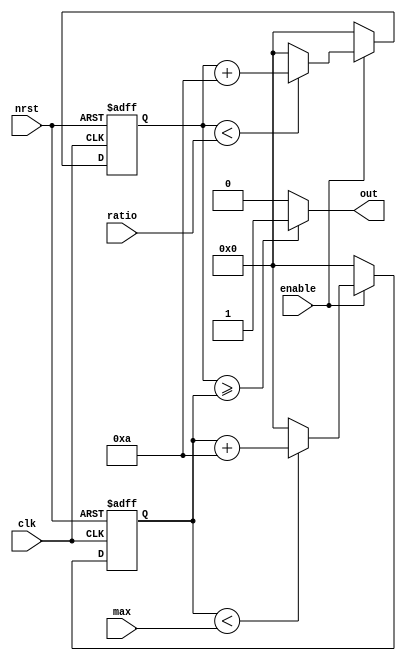
module t06_counter (
	clk,
	nrst,
	max,
	enable,
	ratio,
	out
);
	reg _sv2v_0;
	input wire clk;
	input wire nrst;
	input wire [18:0] max;
	input wire enable;
	input wire [18:0] ratio;
	output reg out;
	reg [18:0] count_n;
	reg [18:0] count;
	reg [18:0] count1;
	reg [18:0] count1_n;
	always @(*) begin
		if (_sv2v_0)
			;
		if (count < ratio)
			count_n = count + 10;
		else
			count_n = 19'b0000000000000000000;
		if (count1 < max)
			count1_n = count1 + 10;
		else
			count1_n = 19'b0000000000000000000;
	end
	always @(posedge clk or negedge nrst)
		if (nrst == 1'b0) begin
			count <= 19'b0000000000000000000;
			count1 <= 19'b0000000000000000000;
		end
		else if (enable == 1'b0) begin
			count <= 19'b0000000000000000000;
			count1 <= 19'b0000000000000000000;
		end
		else begin
			count <= count_n;
			count1 <= count1_n;
		end
	always @(*) begin
		if (_sv2v_0)
			;
		if (count >= count1)
			out = 1'b1;
		else
			out = 1'b0;
	end
	initial _sv2v_0 = 0;
endmodule